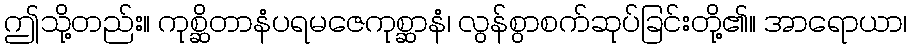
ဤသို့တည်း။ ကုစ္ဆိတာနံပရမဇေကုစ္ဆာနံ၊ လွန်စွာစက်ဆုပ်ခြင်းတို့၏။ အာရောယာ၊